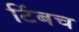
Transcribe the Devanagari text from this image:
टिंबच